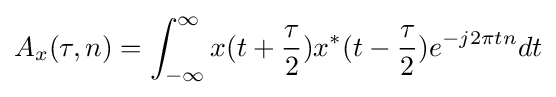
A_{x}(\tau ,n)=\int _{-\infty }^{\infty }x(t+{\frac {\tau }{2}})x^{*}(t-{\frac {\tau }{2}})e^{-j2\pi tn}dt